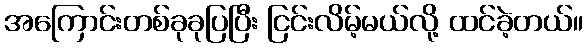
အကြောင်းတစ်ခုခုပြပြီး ငြင်းလိမ့်မယ်လို့ ထင်ခဲ့တယ်။